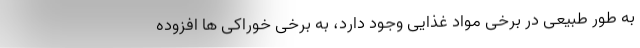
به طور طبیعی در برخی مواد غذایی وجود دارد، به برخی خوراکی ها افزوده